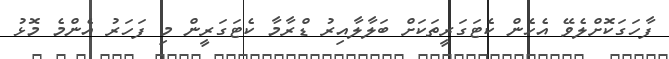
ފާހަގަކޮށްލެވޭ އެހެން ކެޓަގަރީތަކަށް ބަލާލާއިރު ޑްރާމާ ކެޓަގަރީން މި ފަހަރު އެންމެ މޮޅު